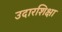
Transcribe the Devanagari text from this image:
उदारशिक्षा